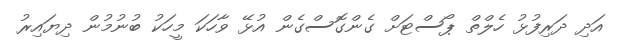
އަދި ދަރިފުޅު ހެލްތް ޕޯސްޓަށް ގެންގޮސްގެން އުޅޭ ވާހަކަ މީހަކު ބުނުމުން ދިޔައިރު